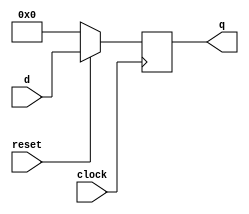
`timescale 1ns / 1ps
// * positive-edge triggered
// * synchronous active-high/low reset
module dff8 (
	output reg [7:0] q,
    input reset, 
    input clock,
	input [7:0] d
);

always @ (posedge clock)
	begin
        if(!reset) 
            q <= 8'b00000000; 
        else    
            q <= d;
    end    
endmodule